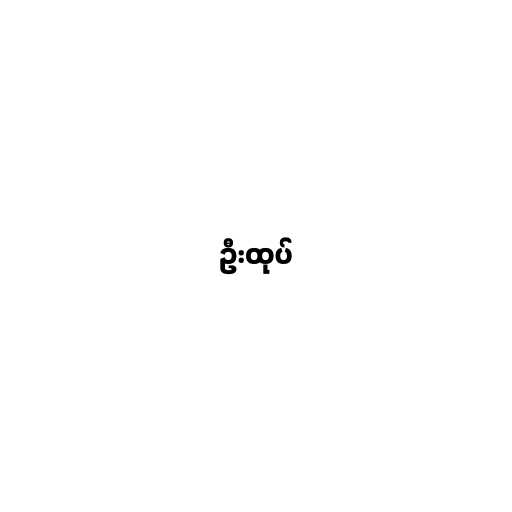
ဦးထုပ်